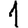
Digit: 1